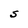
Character: S